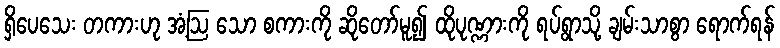
ရှိပေသေး တကားဟု အံ့ဩ သော စကားကို ဆိုတော်မူ၍ ထိုပုဏ္ဏားကို ရပ်ရွာသို့ ချမ်းသာစွာ ရောက်ရန်